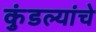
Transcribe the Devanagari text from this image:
कुंडल्यांचे